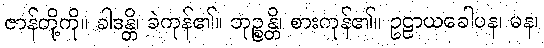
ဇာန်တို့ကို။ ခါဒန္တိ၊ ခဲကုန်၏။ ဘုဉ္စန္တိ၊ စားကုန်၏။ ဥဠာယခေါပန၊ မန၊